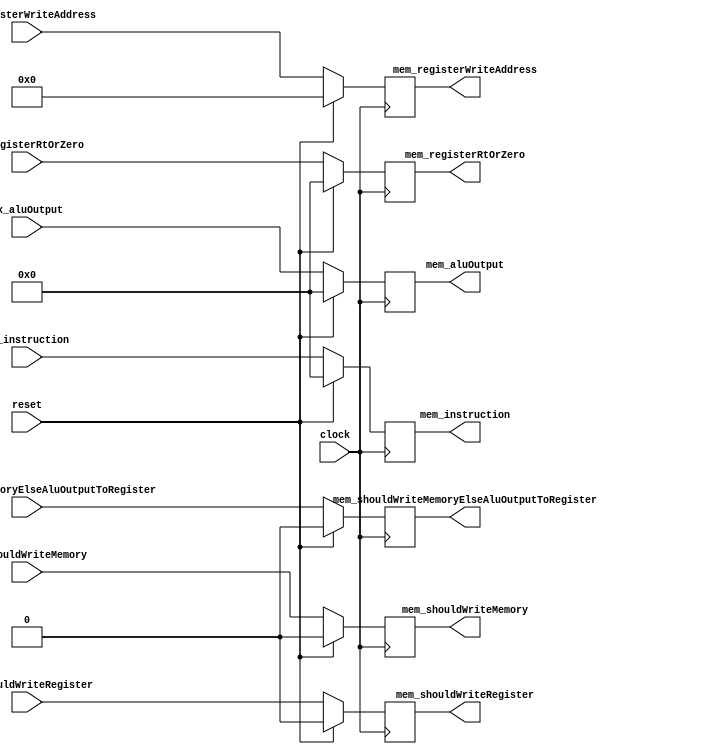
`timescale 1ns / 1ps

module ExMemRegisters (

		input clock,
		input reset,

		input [31:0] ex_instruction,

		input ex_shouldWriteRegister,
		input [4:0] ex_registerWriteAddress,
		input ex_shouldWriteMemoryElseAluOutputToRegister,

		input [31:0] ex_aluOutput,
		input ex_shouldWriteMemory,
		input [31:0] ex_registerRtOrZero,

		output reg [31:0] mem_instruction = 0,

		output reg mem_shouldWriteRegister = 0,
		output reg [4:0] mem_registerWriteAddress = 0,
		output reg mem_shouldWriteMemoryElseAluOutputToRegister = 0,

		output reg [31:0] mem_aluOutput = 0,
		output reg mem_shouldWriteMemory = 0,
		output reg [31:0] mem_registerRtOrZero = 0
	);

	always @(posedge clock) begin

		if (reset) begin

			mem_instruction <= 0;

			mem_shouldWriteRegister <= 0;
			mem_registerWriteAddress <= 0;
			mem_shouldWriteMemoryElseAluOutputToRegister <= 0;

			mem_aluOutput <= 0;
			mem_shouldWriteMemory <= 0;
			mem_registerRtOrZero <= 0;

		end else begin

			mem_instruction <= ex_instruction;

			mem_shouldWriteRegister <= ex_shouldWriteRegister;
			mem_registerWriteAddress <= ex_registerWriteAddress;
			mem_shouldWriteMemoryElseAluOutputToRegister <= ex_shouldWriteMemoryElseAluOutputToRegister;

			mem_aluOutput <= ex_aluOutput;
			mem_shouldWriteMemory <= ex_shouldWriteMemory;
			mem_registerRtOrZero <= ex_registerRtOrZero;
		end
	end
endmodule